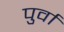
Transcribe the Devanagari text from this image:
पुर्वा